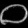
Digit: ၀